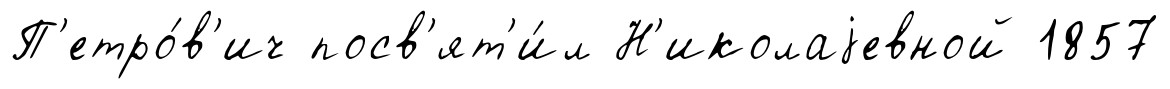
П'етро́в'ич посв'ят'и́л Н'иколаjевной 1857